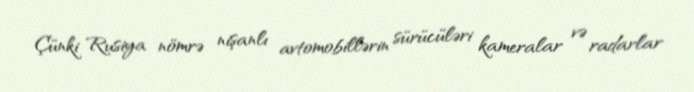
Çünki Rusiya nömrə nişanlı avtomobillərin sürücüləri kameralar və radarlar